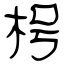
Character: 枵